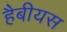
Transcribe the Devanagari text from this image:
हैबीयस